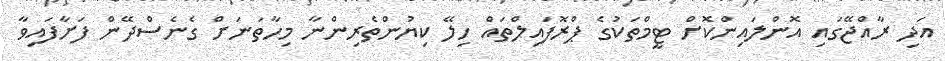
އަދި ރާއްޖޭގައި އޮންލައިންކޮށް ޓީމްތަކުގެ ޕްރޮފައިލްތައް ހިލޭ ކިޔުންތެރިންނާ މިހާތަނަށް ގެނެސްދޭން ފަށާފައިވާ